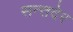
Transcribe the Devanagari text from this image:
सन्तदेर